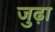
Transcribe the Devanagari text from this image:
जुढ़ा